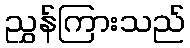
ညွှန်ကြားသည်